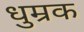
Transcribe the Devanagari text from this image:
धुम्रक